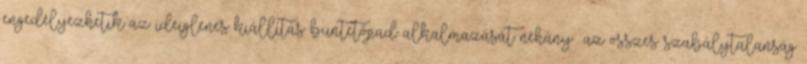
engedélyezhetik az ideiglenes kiállítás büntetőpad alkalmazását néhány az összes szabálytalanság